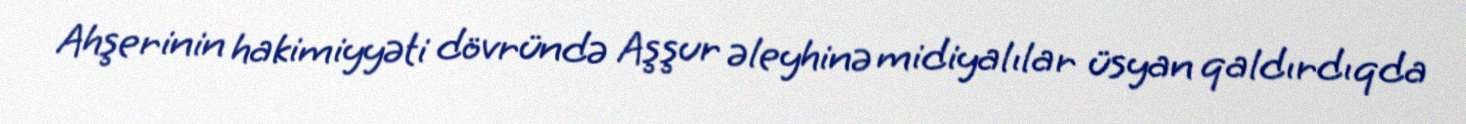
Ahşerinin hakimiyyəti dövründə Aşşur əleyhinə midiyalılar üsyan qaldırdıqda